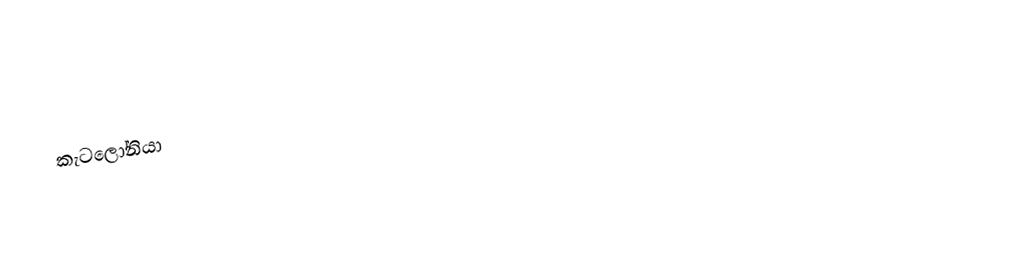
කැටලෝනියා